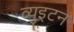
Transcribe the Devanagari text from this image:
व्युइटन